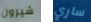
شيرون ساري